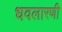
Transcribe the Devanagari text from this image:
धवलारणी